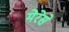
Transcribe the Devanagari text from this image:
मेरेसे